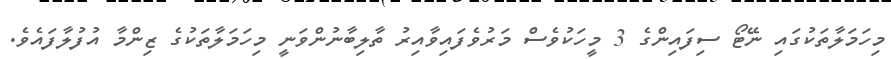
މިހަމަލާތަކުގައި ނޭޓޯ ސިފައިންގެ 3 މީހަކުވެސް މަރުވެފައިވާއިރު ތާލިބާނުންވަނީ މިހަމަލާތަކުގެ ޒިންމާ އުފުލާފައެވެ.